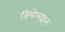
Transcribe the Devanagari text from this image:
जियोसाइंस